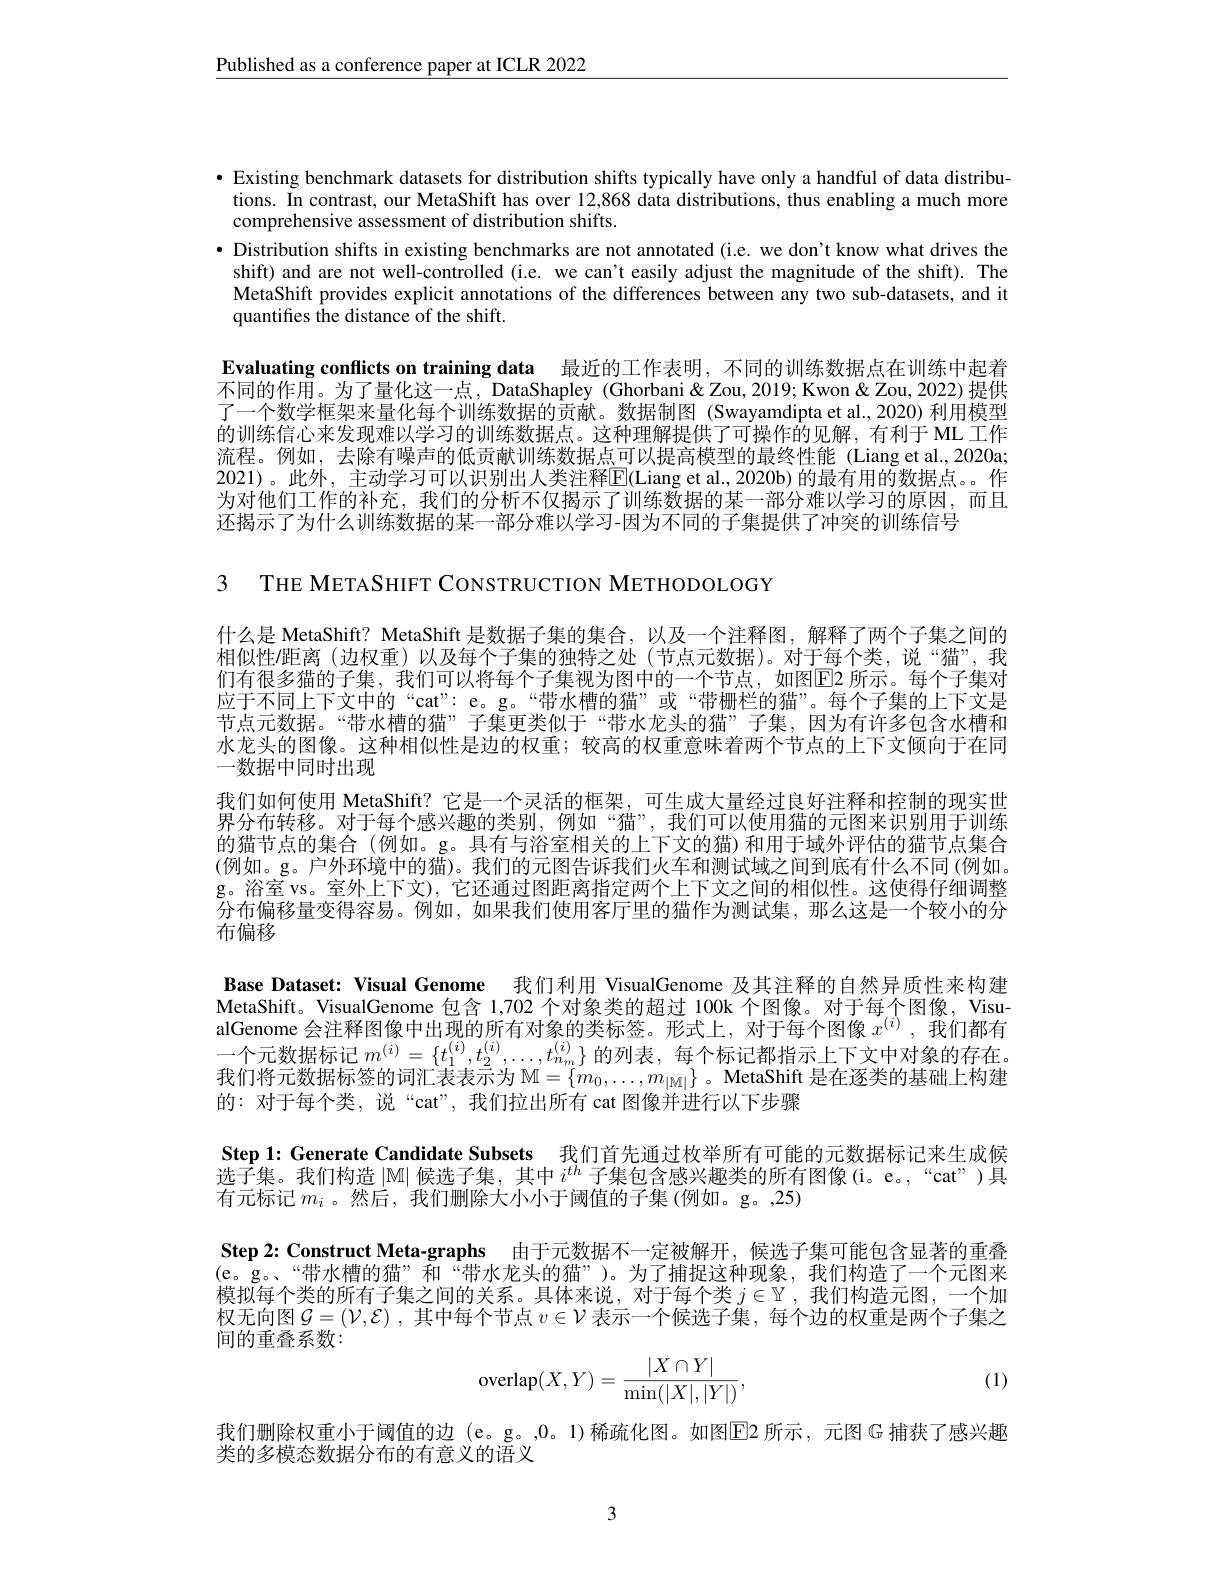
$\underline{\text{Published as a conference paper at ICLR 2022}}$

· Existing benchmark datasets for distribution shifts typically have only a handful of data distributions. In contrast, our MetaShift has over 12,868 data distributions, thus enabling a much more comprehensive assessment of distribution shifts.
· Distribution shifts in existing benchmarks are not annotated (i.e. we don't know what drives the shift) and are not well-controlled (i.e. we can't easily adjust the magnitude of the shift). The MetaShift provides explicit annotations of the differences between any two sub-datasets, and it quantifies the distance of the shift.

Evaluating conflicts on training data 最近的工作表明，不同的训练数据点在训练中起着不同的作用。为了量化这一点，DataShapley (Ghorbani&Zou,2019; Kwon&Zou, 2022) 提供了一个数学框架来量化每个训练数据的贡献。数据制图(Swayamdipta et al.,2020)利用模型的训练信心来发现难以学习的训练数据点。这种理解提供了可操作的见解，有利于 ML 工作流程。例如，去除有噪声的低贡献训练数据点可以提高模型的最终性能(Liang et al.,2020a; 2021)。此外，主动学习可以识别出人类注释E(Liang et al., 2020b) 的最有用的数据点。。作为对他们工作的补充，我们的分析不仅揭示了训练数据的某一部分难以学习的原因，而且还揭示了为什么训练数据的某一部分难以学习-因为不同的子集提供了冲突的训练信号

3 THE METASHIFT CONSTRUCTION METHODOLOGY

什么是 MetaShift? MetaShift 是数据子集的集合，以及一个注释图，解释了两个子集之间的相似性/距离 (边权重)以及每个子集的独特之处 (节点元数据)。对于每个类，说“猫”,我们有很多猫的子集，我们可以将每个子集视为图中的一个节点，如图$\overline{\mathrm{E}}$2 所示。每个子集对应于不同上下文中的“cat”: e。g。“带水槽的猫”或“带栅栏的猫”。每个子集的上下文是节点元数据。“带水槽的猫”子集更类似于“带水龙头的猫”子集，因为有许多包含水槽和水龙头的图像。这种相似性是边的权重；较高的权重意味着两个节点的上下文倾向于在同一数据中同时出现
我们如何使用 MetaShift? 它是一个灵活的框架，可生成大量经过良好注释和控制的现实世界分布转移。对于每个感兴趣的类别，例如“猫”,我们可以使用猫的元图来识别用于训练的猫节点的集合 (例如。g。具有与浴室相关的上下文的猫)和用于域外评估的猫节点集合(例如。g。户外环境中的猫)。我们的元图告诉我们火车和测试域之间到底有什么不同(例如。g。浴室 vs。室外上下文), 它还通过图距离指定两个上下文之间的相似性。这使得仔细调整分布偏移量变得容易。例如，如果我们使用客厅里的猫作为测试集，那么这是一个较小的分布偏移
Base Dataset: Visual Genome 我们利用 VisualGenome 及其注释的自然异质性来构建MetaShift。VisualGenome 包含 1,702 个对象类的超过 100k 个图像。对于每个图像，Visu alGenome 会注释图像中出现的所有对象的类标签。形式上，对于每个图像$x^{(i)}$ ,我们都有一个元数据标记$m^{(i)}=\{t_1^{(i)},t_2^{(i)},\ldots,t_{n_m}^{(i)}\}$的列表，每个标记都指示上下文中对象的存在。我们将元数据标签的词汇表表示为$\mathbb{M}=\{m_0,\ldots,m_{|\mathcal{M}|}\}$。MetaShift 是在逐类的基础上构建的：对于每个类，说“cat”, 我们拉出所有 cat 图像并进行以下步骤
Step 1: Generate Candidate Subsets 我们首先通过枚举所有可能的元数据标记来生成候$\bar{\text{选 子 集 。我 们 构 造 }} | \mathbb{M} |$候选子集，其中$i^th$子集包含感兴趣类的所有图像(i。e。,“cat”)具有元标记$m_i$ 。然后，我们删除大小小于阈值的子集(例如。g。,25)
Step 2: Construct Meta-graphs 由于元数据不一定被解开，候选子集可能包含显著的重叠(e。g。“带水槽的猫”和“带水龙头的猫”)。为了捕捉这种现象，我们构造了一个元图来模拟每个类的所有子集之间的关系。具体来说，对于每个类$j\in\mathbb{Y}$ ,我们构造元图，一个加权无向图$\mathcal{G}=(\mathcal{V},\mathcal{E})$ ,其中每个节点 $v\in\mathcal{V}$ 表示一个候选子集，每个边的权重是两个子集之间的重叠系数：
$$\mathrm{overlap}(X,Y)=\frac{|X\cap Y|}{\mathrm{min}(|X|,|Y|)},$$
(1)

我们删除权重小于阈值的边 (e。g。,0。1)稀疏化图。如图$\boxed{\mathrm{E}}$2 所示，元图 G 捕获了感兴趣
类的多模态数据分布的有意义的语义

3